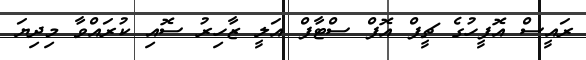
ރައީސް އޮފީހުގެ ޗީފް އޮފް ސްޓާފް އަލީ ޒާހިރު ސޮއި ކުރައްވާ މިދިޔަ